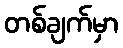
တစ်ချက်မှာ